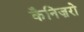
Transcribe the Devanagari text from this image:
कैनिज़रो